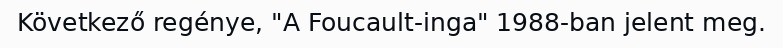
Következő regénye, "A Foucault-inga" 1988-ban jelent meg.